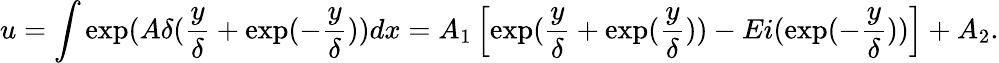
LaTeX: u=\int\exp(A\delta(\frac{y}{\delta}+\exp(-\frac{y}{\delta}))dx=A_{1}\left[\exp(\frac{y}{\delta}+\exp(\frac{y}{\delta}))-Ei(\exp(-\frac{y}{\delta}))\right]+A_{2}.